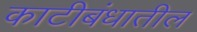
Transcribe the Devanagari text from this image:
काटीबंधातील